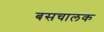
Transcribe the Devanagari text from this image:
बसचालक